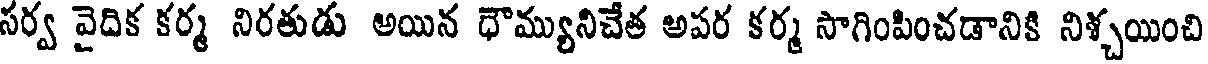
సర్వ వైదిక కర్మ నిరతుడు అయిన ధౌమ్యునిచేత అపర కర్మ సాగింపించడానికి నిశ్చయించి